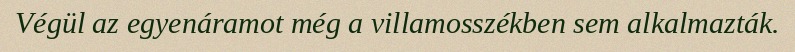
Végül az egyenáramot még a villamosszékben sem alkalmazták.